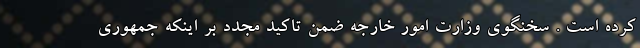
کرده است . سخنگوی وزارت امور خارجه ضمن تاکید مجدد بر اینکه جمهوری